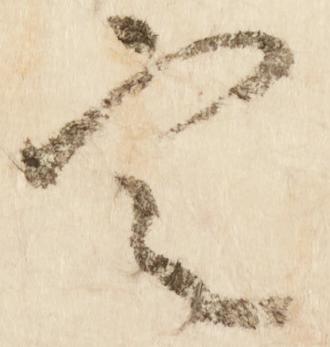
定